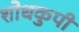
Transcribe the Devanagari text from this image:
शोधकुपी